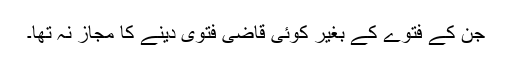
جن کے فتوے کے بغیر کوئی قاضی فتویٰ دینے کا مجاز نہ تھا۔